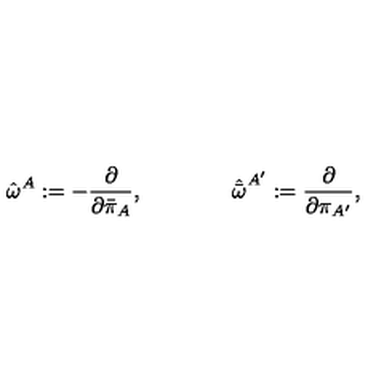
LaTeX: { \hat { \omega } } ^ { A } : = - { \frac { \partial } { \partial { \bar { \pi } } _ { A } } } , \qquad \qquad { \hat { \bar { \omega } } } ^ { A ^ { \prime } } : = { \frac { \partial } { \partial { \pi } _ { A ^ { \prime } } } } ,